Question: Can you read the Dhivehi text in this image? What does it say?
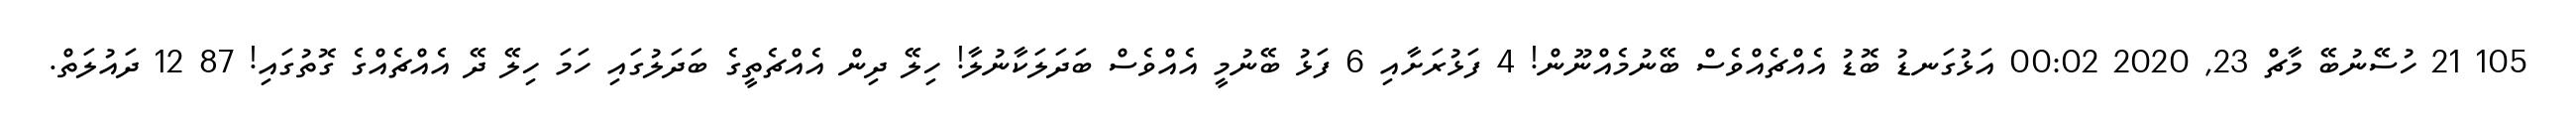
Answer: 105 21 ހުސޭނުބޭ މާޗް 23, 2020 00:02 އަޅުގަނޑު ބޮޑު އެއްޗެއްވެސް ބޭނުމެއްނޫން! 4 ފަޅުރަށާއި 6 ފަޅު ބޭނުމީ އެއްވެސް ބަދަލަކާނުލާ! ހިލޭ ދިން އެއްޗެތީގެ ބަދަލުގައި ހަމަ ހިލޭ ދޭ އެއްޗެއްގެ ގޮތުގައި! 87 12 ދައުލަތް.